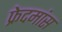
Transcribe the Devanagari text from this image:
फ्रेदमांस